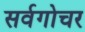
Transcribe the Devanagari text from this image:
सर्वगोचर